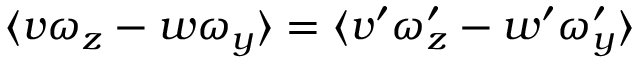
\langle v \omega _ { z } - w \omega _ { y } \rangle = \langle v ^ { \prime } \omega _ { z } ^ { \prime } - w ^ { \prime } \omega _ { y } ^ { \prime } \rangle